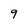
Character: 9